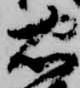
忠